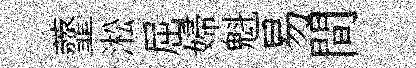
虀淞屈婦魁易間